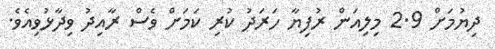
ދިޔުމަށް 2.9 މިލިއަން ރުފިޔާ ހަރަދު ކުރި ކަމަށް ވެސް ރާއިދު ވިދާޅުވިއެވެ.